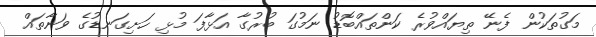
މަގުތަކުން ފެނޭ ތިޔައްވުރެ ކަންތައްބޮޑު ނަމުގަ ބުރުގާ އަޅާފަ މުޅި ހަށިގަނޑުގެ ވަނާތައް